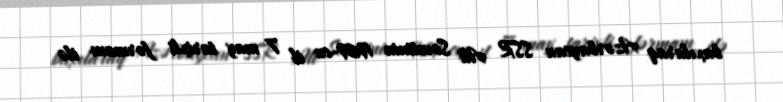
baxılaraq Azərbaycan SSR Ali Sovetinin 1969-cu il 7 may tarixli fərmanı ilə